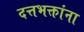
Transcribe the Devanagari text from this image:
दत्तभक्तांना